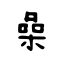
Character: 喿